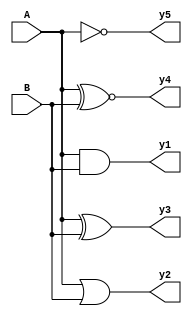
// Code your design here
module bitwise(
    input [3:0] A, B,
    output [3:0] y1, y2, y3, y4, y5
);

    assign y1 = A & B;
    assign y2 = A | B;
    assign y3 = A ^ B;
    assign y4 = A ~^ B;
    assign y5 = ~A;

endmodule